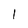
Character: l